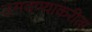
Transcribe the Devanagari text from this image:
उगवण्याकरीता